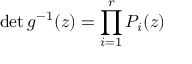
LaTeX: \operatorname * { d e t } g ^ { - 1 } ( z ) = \prod _ { i = 1 } ^ { r } P _ { i } ( z )